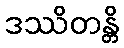
ဒဿိတန္တိ